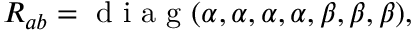
{ R _ { a b } = \textrm { d i a g } ( \alpha , \alpha , \alpha , \alpha , \beta , \beta , \beta ) , }